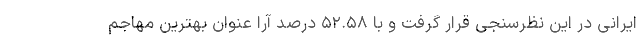
ایرانی در این نظرسنجی قرار گرفت و با ۵۲.۵۸ درصد آرا عنوان بهترین مهاجم